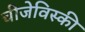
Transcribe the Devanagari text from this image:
चीजेविस्की